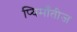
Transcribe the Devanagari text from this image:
प्यिमाँतीज